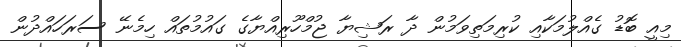
މިއީ ބޮޑު ގެއްލުމަކާއި ކުރިމަތިވަމުން ދާ ރަޝިޔާ ޖުމްހޫރިއްޔާގެ ގައުމުތައް ހިމެނޭ ސަރަހައްދުން